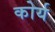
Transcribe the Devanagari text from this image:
कोर्य